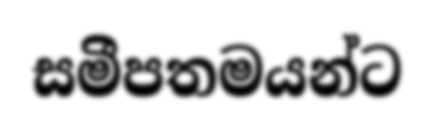
සමීපතමයන්ට